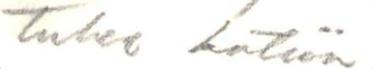
tilattu